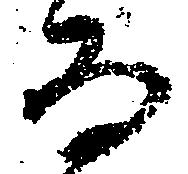
而